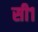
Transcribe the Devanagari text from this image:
सी१